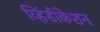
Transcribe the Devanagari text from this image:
व्हिंडीकेशन